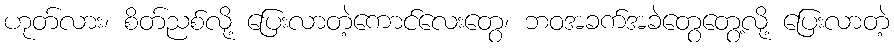
ဟုတ်လား၊ စိတ်ညစ်လို့ ပြေးလာတဲ့ကောင်လေးတွေ၊ ဘဝအခက်အခဲတွေတွေ့လို့ ပြေးလာတဲ့